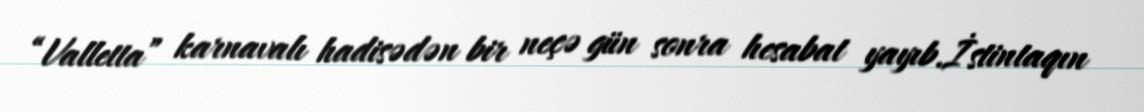
“Valletta” karnavalı hadisədən bir neçə gün sonra hesabat yayıb.İstintaqın